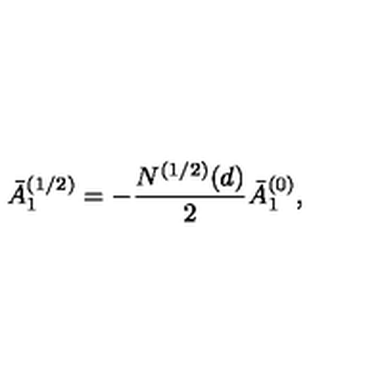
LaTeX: \bar { A } _ { 1 } ^ { ( 1 / 2 ) } = - { \frac { N ^ { ( 1 / 2 ) } ( d ) } { 2 } } \bar { A } _ { 1 } ^ { ( 0 ) } ,